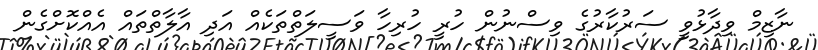
ނާޒިމް ވިދާޅުވީ ސަރުކާރުގެ ވިސްނުން ހުރީ ހުރިހާ ވަސީލަތްތަކެއް އަދި އާލާތްތައް އެއްކޮށްގެން